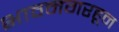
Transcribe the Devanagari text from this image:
भावनगरहून